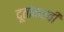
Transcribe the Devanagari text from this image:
दूतांकरवी